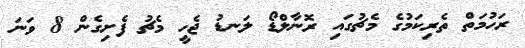
ރަހުމަތް ތެރިކަމުގެ މެޗުގައި ރޮނާލްޑޯ ލަނޑު ޖެހީ މެޗު ފެށިގެން 8 ވަނަ